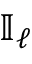
{ \mathbb I } _ { \ell }